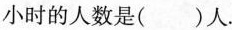
小时的人数是( )人.